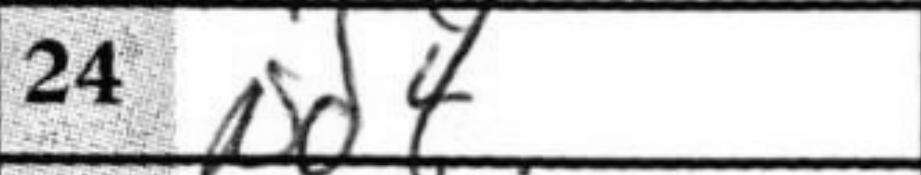
Transcription: Nd4